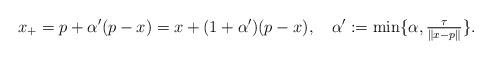
LaTeX: \begin{align*}x_+=p+\alpha'(p-x)=x+(1+\alpha')(p-x),\quad\alpha':=\min\{\alpha,\tfrac{\tau}{\|x-p\|}\}.\end{align*}